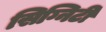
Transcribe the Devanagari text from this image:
सिग्निटी